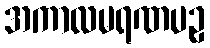
အကာလမရဏပဥှ